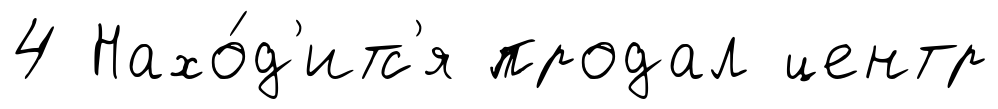
4 Нахо́д'итс'я продал центр